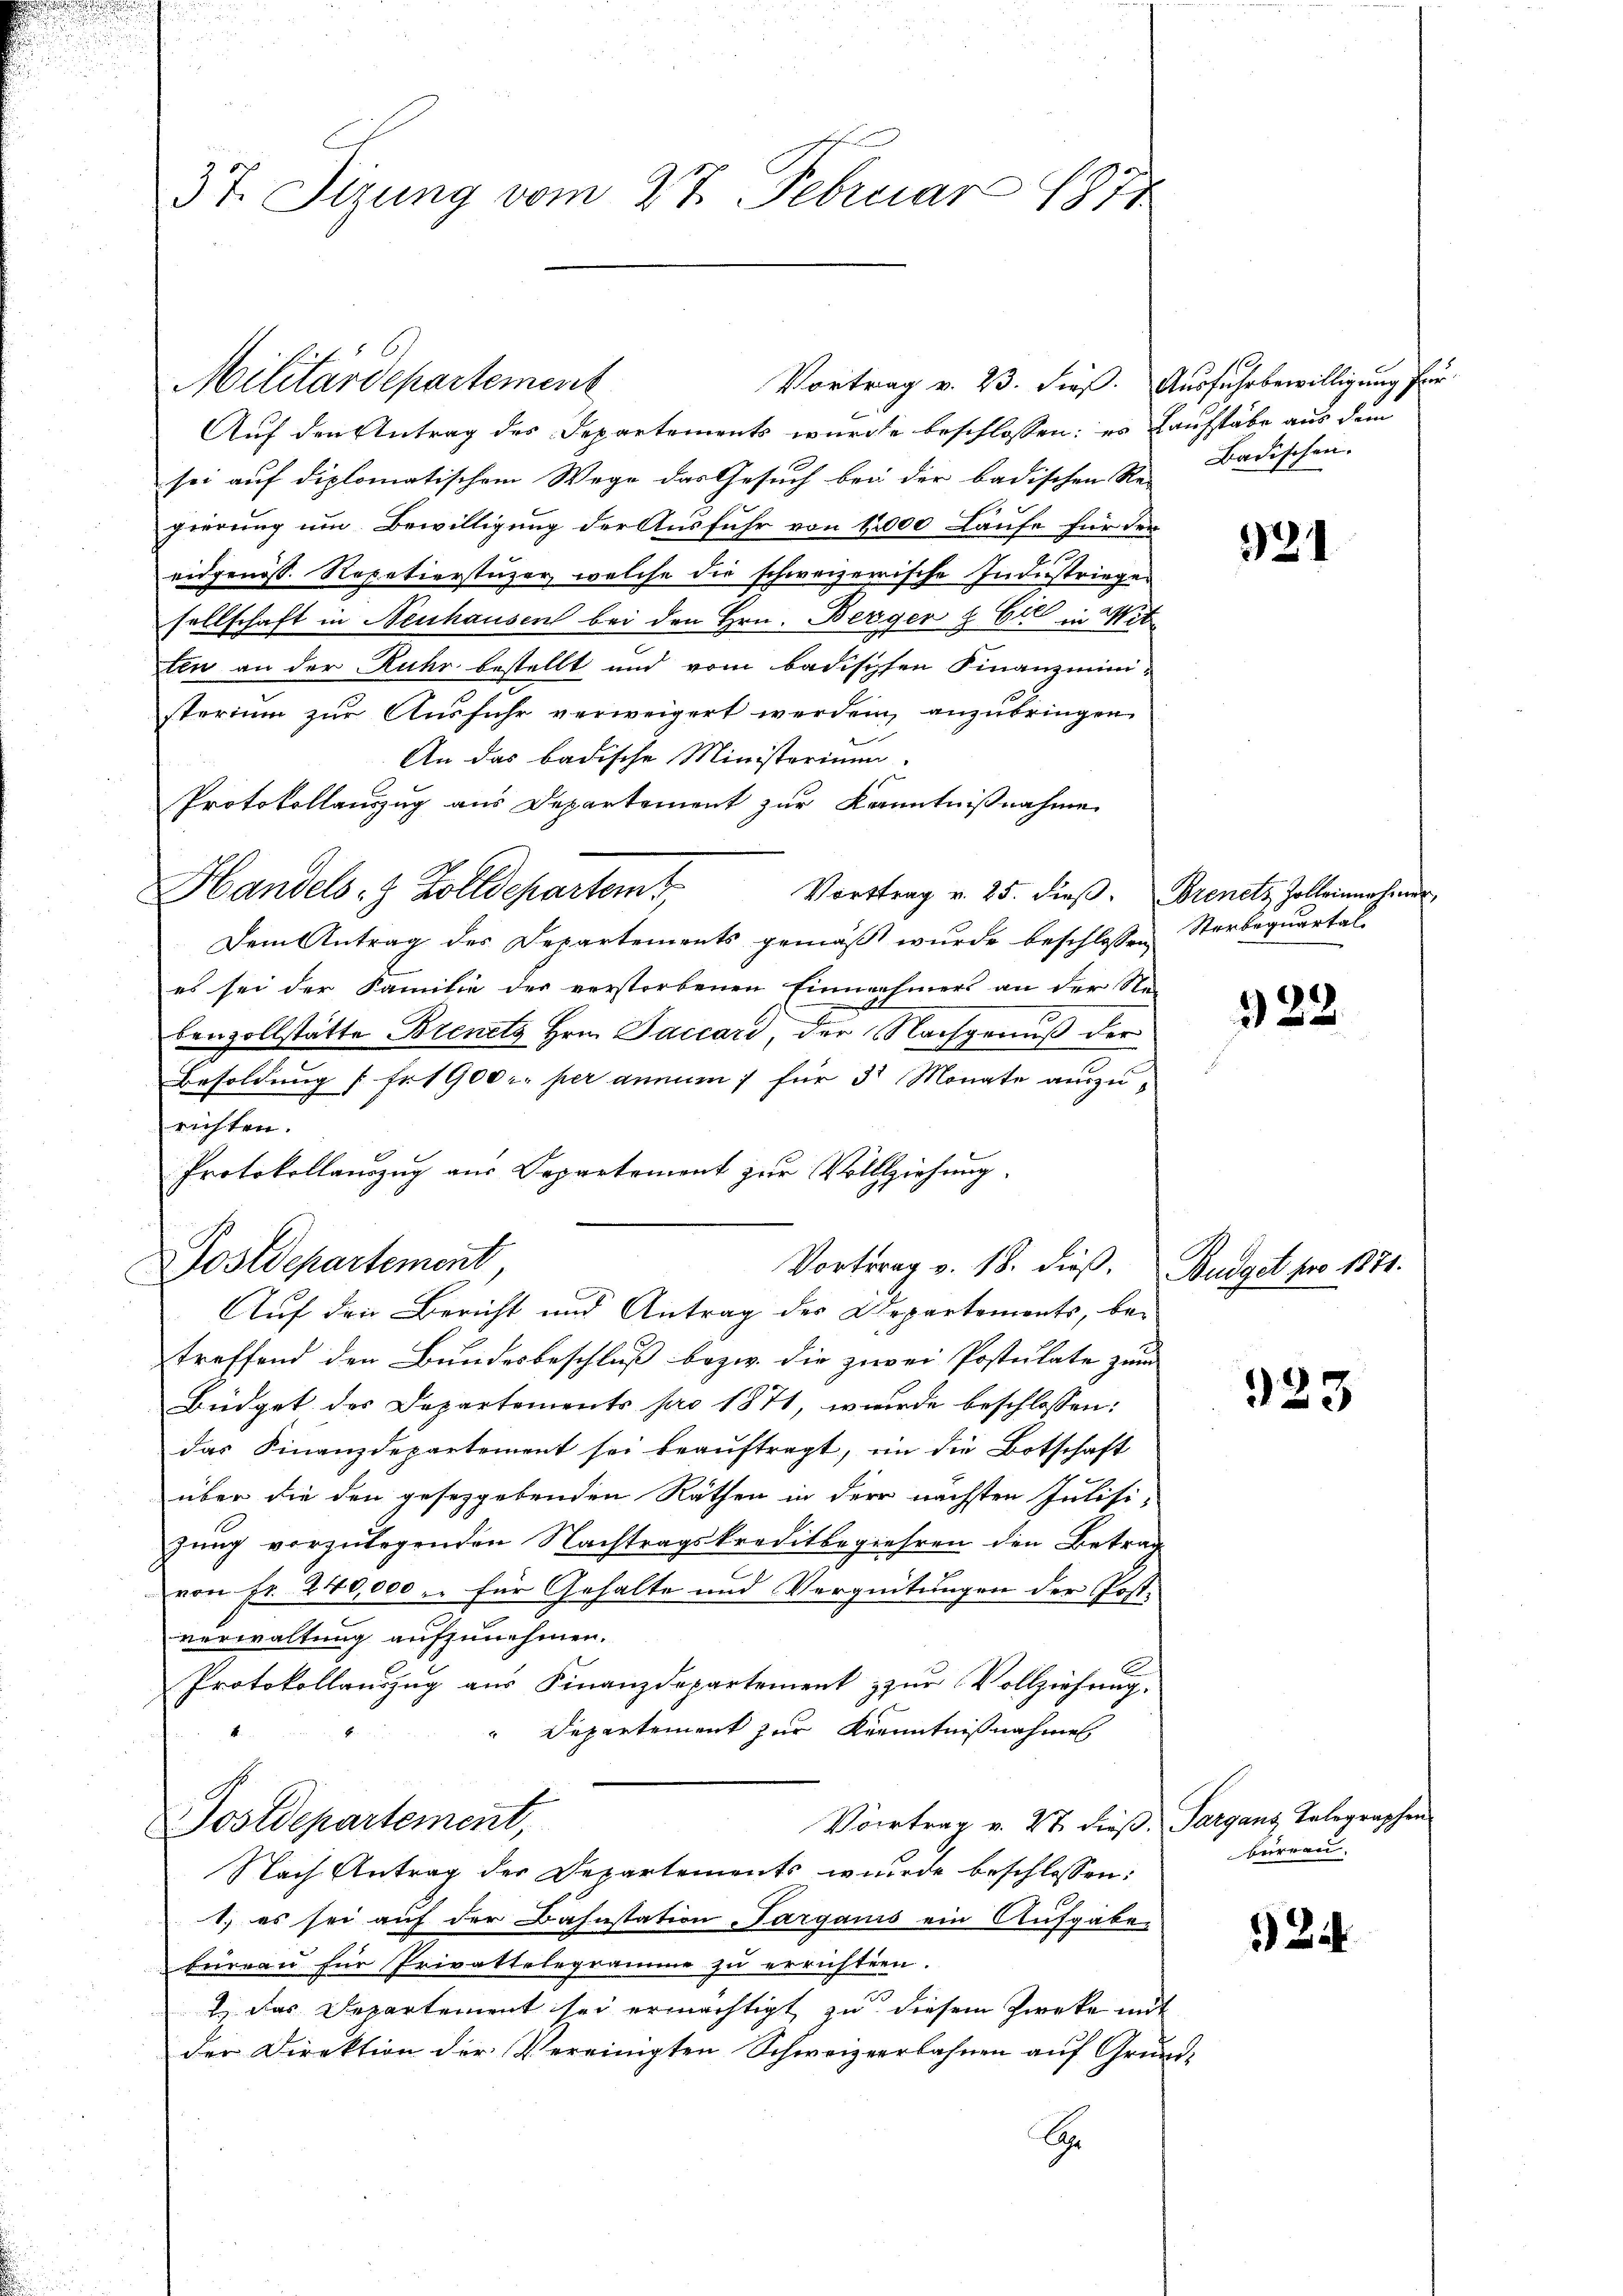
Militärdepartement
Auf den Antrag des Departements wurde beschlossen: es kaufstäbe aus dem
sei auf diplomatischem Wege das Gesuch bei der badischen Re-Badischen.
gierung um Bewilligung der Ausfuhr von 12000 Laufe für der
eidgenoss. Repetierstüzer, welche die schweizerische Industriegen
sellschaft in Neuhausen bei den Hrn. Berger & Cie in Mit
ten an der Ruhr bestellt und vom badischen Finanzministerium zur Ausfuhr verweigert werden, anzubringen.
An das badische Ministerium.
Protokollauszug aus Departement zur Kenntnißnahme
Handels- & Zolldepartemt,
Vorttrag v. 25. dieβ. Drenitz Zolleinnahmer
Dem Antrag des Departements gemäß wurde beschlossen
es sei der Familie der verstorbenen Einnahmers an der Re-
E
benzollstätte Brenitz Hrn. Paccard, der Nachgenuß der
Besoldung [Fr. 1900 c. per annum für 3 Monate auszurichten.
Protokollauszug aus Departement zur Vollziehung.

37. Sizung vom 27. Februar 1871

Postdepartement
Vortrag v. 18. dieß. Budget pro 1871.

Vortrag v. 23. dieß. Ausfuhrbewilligung für¬

Auf den Bericht und Antrag des Departements, be-
treffend den Bundesbeschluß bezw. die zwei Postulate zum
Büdget des Departements pro 1871, wurde beschlossen:
das Finanzdepartement sei beauftragt, in die Botschaft
über die den gesetzgebenden Räthen in der nächsten Intisi-
zung vorzulegenden Nachtragskreditbegehren den Betrag
von Fr. 240,000 u. für Gehalte und Vergnütungen der Post-
verwaltung aufzunehmen.
Protokollauszug aus Finanzdepartement zur Vollziehung.
Departement zur Kenntnißnahme
4.
Vortrag v. 27 dieß Sargans Telegraphen
Postdepartement,
Nach Antrag der Departements wurde beschlossen:
1.) es sei auf der Bahnstation Targanis ein Aufgaben
bureau für Privattelegramme zu errichten.
2. Das Departement sei ermächtigt zu diesem Zwecke mit
der Direktion der Vereinigten Schweizerbahnen auf Grund-
A

921

Sterbequartal

922

923

büreau.

24